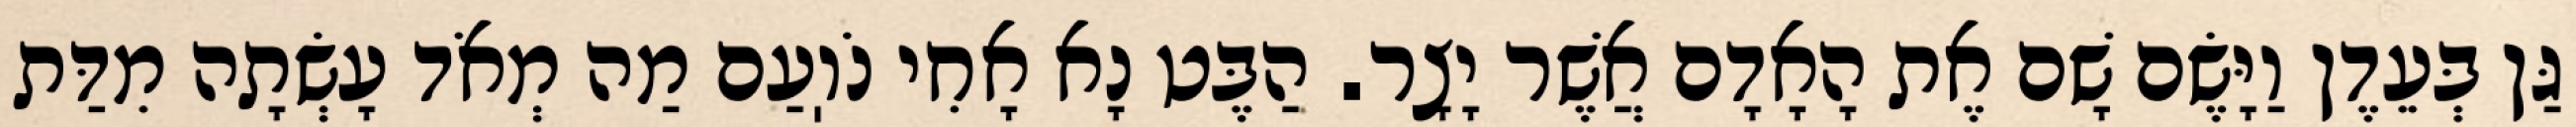
גַּן בְּעֵדֶן וַיָּשֶׂם שָׁם אֶת הָאָדָם אֲשֶׁר יָצָר. הַבֶּט נָא אָחִי נֹוֽעַם מַה מְאֹד עָשְׂתָה מִדַּת